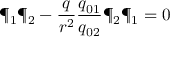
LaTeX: \P _ { 1 } \P _ { 2 } - { \frac { q } { r ^ { 2 } } } { \frac { q _ { 0 1 } } { q _ { 0 2 } } } \P _ { 2 } \P _ { 1 } = 0